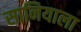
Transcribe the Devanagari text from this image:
सानियाला